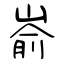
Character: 嵛